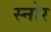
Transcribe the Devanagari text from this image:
स्नोर